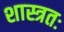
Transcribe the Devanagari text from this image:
शास्त्रतः